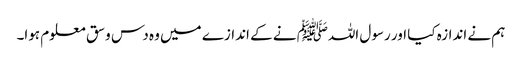
ہم نے اندازہ کیا اور رسول اللہﷺ نے کے اندازے میں وہ دس وسق معلوم ہوا۔